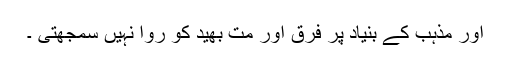
اور مذہب کے بنیاد پر فرق اور مت بھید کو روا نہیں سمجھتی ۔